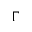
\Gamma